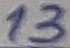
Text: 13